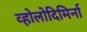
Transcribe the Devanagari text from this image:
व्होलोदिमिर्ना